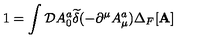
1 = \int { \cal D } A _ { 0 } ^ { a } { \widetilde { \delta } } ( - \partial ^ { \mu } A _ { \mu } ^ { a } ) \Delta _ { F } [ { \bf A } ]